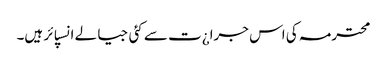
محترمہ کی اس جرا¿ت سے کئی جیالے انسپائر ہیں۔